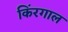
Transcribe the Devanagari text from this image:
किंरगाल